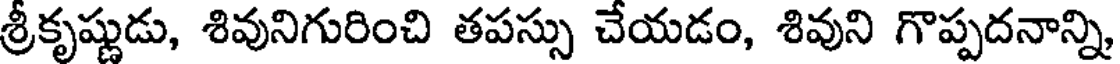
శ్రీకృష్ణుడు, శివునిగురించి తపస్సు చేయడం, శివుని గొప్పదనాన్ని